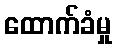
ထောက်ခံမှု